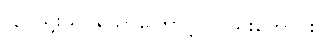
(၃) ရူးသွပ်သောကြောင့် လည်းကောင်း။